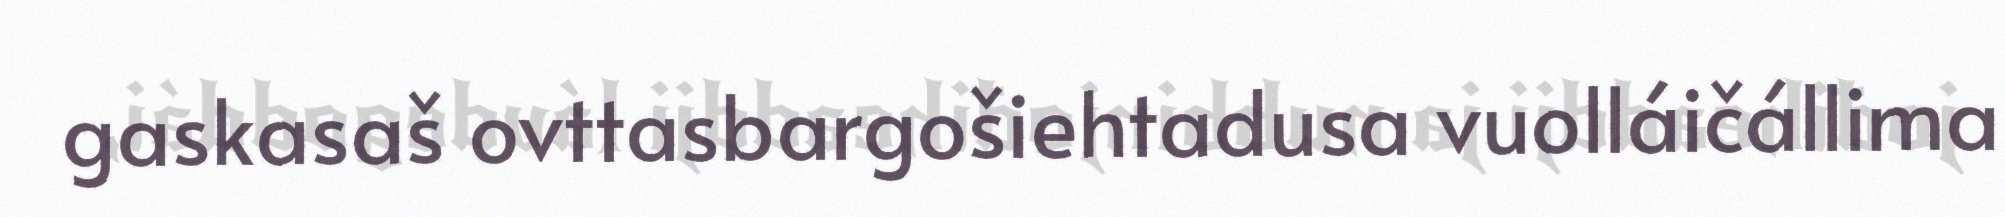
gaskasaš ovttasbargošiehtadusa vuolláičállima